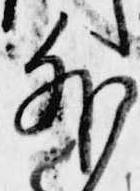
外